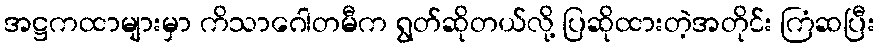
အဋ္ဌကထာများမှာ ကိသာဂေါတမီက ရွတ်ဆိုတယ်လို့ ပြဆိုထားတဲ့အတိုင်း ကြံဆပြီး